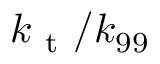
k _ { \mathrm { ~ t ~ } } / k _ { 9 9 }